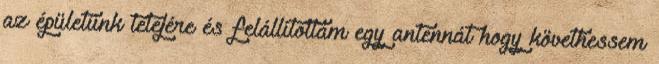
az épületünk tetejére és felállítottam egy antennát hogy követhessem